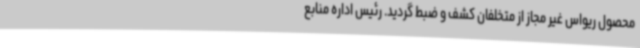
محصول ریواس غیر مجاز از متخلفان کشف و ضبط گردید. رئیس اداره‌ منابع